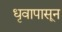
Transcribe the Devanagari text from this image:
धृवापासून